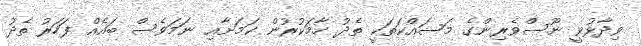
ވިދާޅުވީ ނޫސްވެރިންގެ މަސައްކަތަކީ ތެދު ހާމަކުރުން ކަމަށާއި ނަމަވެސް ބައެއް ފަހަރު ތެދު